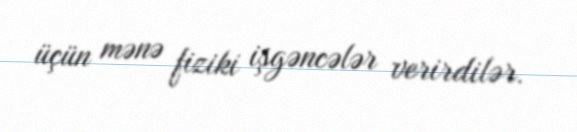
üçün mənə fiziki işgəncələr verirdilər.